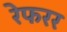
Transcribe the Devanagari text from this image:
रेफरर